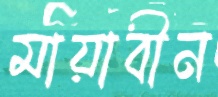
মায়াবীন